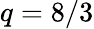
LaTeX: q=8/3